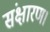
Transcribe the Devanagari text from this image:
संक्षारण।